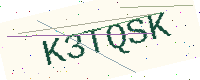
Text: K3TQSK